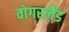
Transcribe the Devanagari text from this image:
वोगरलैंड